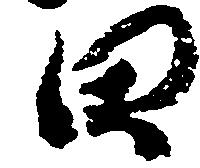
田